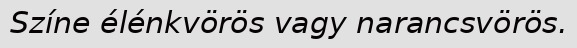
Színe élénkvörös vagy narancsvörös.